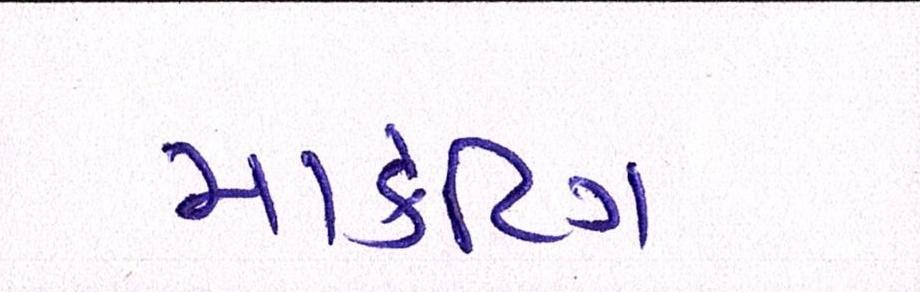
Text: માર્કેટિંગ